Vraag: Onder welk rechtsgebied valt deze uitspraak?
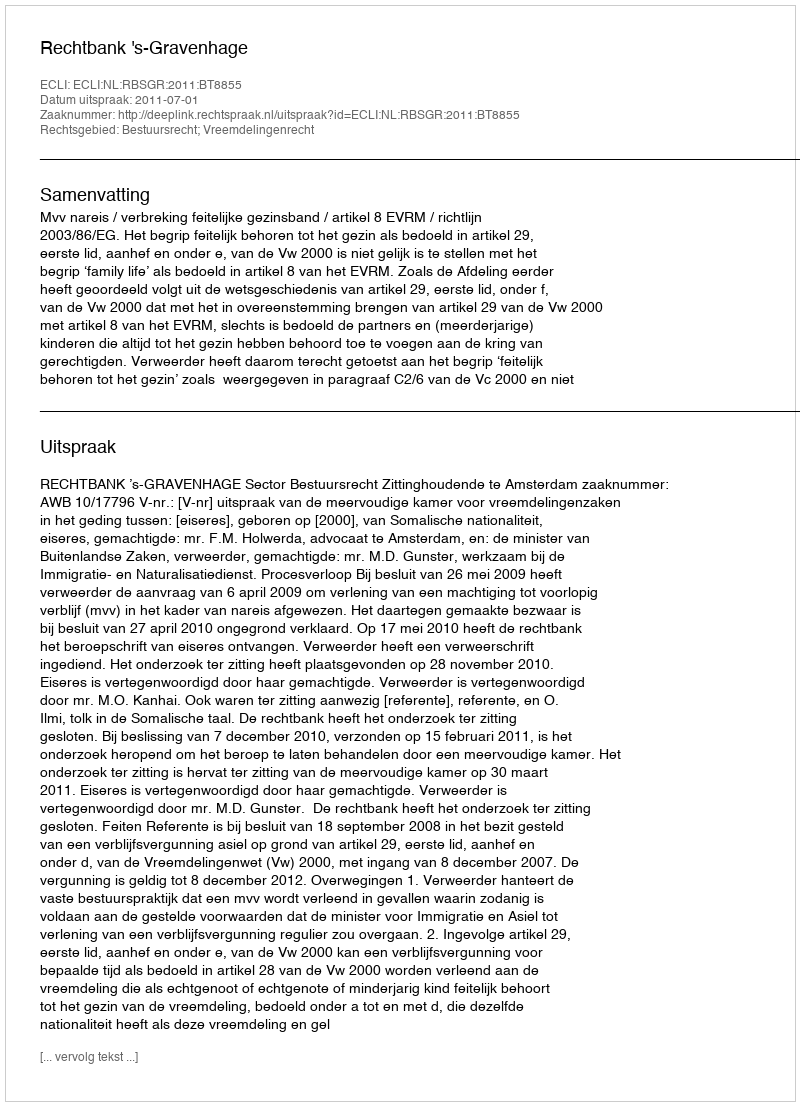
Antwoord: Bestuursrecht; Vreemdelingenrecht